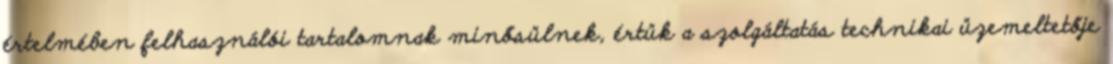
értelmében felhasználói tartalomnak minősülnek, értük a szolgáltatás technikai üzemeltetője